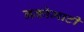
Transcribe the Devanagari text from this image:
नकोमाटी